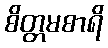
စိတ္တမစာရိ